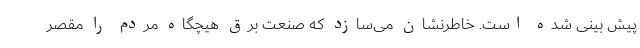
پیش بینی شده است. خاطرنشان می‌سازد که صنعت برق هیچگاه مردم را مقصر